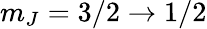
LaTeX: m_{J}=3/2\rightarrow 1/2